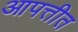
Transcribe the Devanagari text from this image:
आपत्तीत